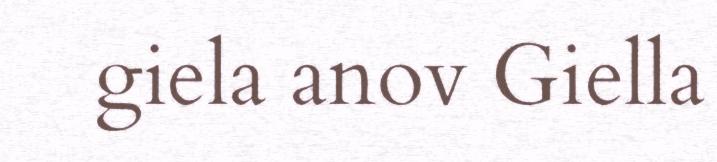
giela anov Giella